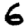
Digit: 6